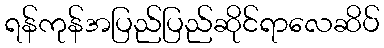
ရန်ကုန်အပြည်ပြည်ဆိုင်ရာလေဆိပ်